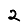
Digit: 2